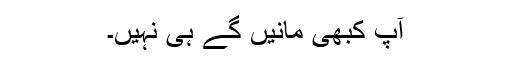
آپ کبھی مانیں گے ہی نہیں۔